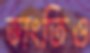
ভাংতিও